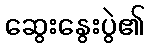
ဆွေးနွေးပွဲ၏